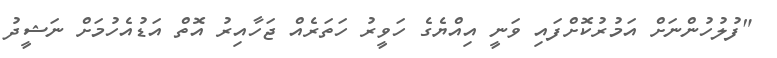
"ފުލުހުންނަށް އަމުރުކޮށްފައި ވަނީ އިއްޔެގެ ހަވީރު ހަތަރެއް ޖަހާއިރު އޮތް އަޑުއެހުމަށް ނަޝީދު